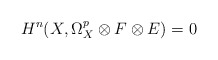
\begin{align*} H^n(X,\Omega^p_X\otimes F\otimes E)=0 \end{align*}